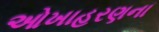
ઓખાહરણના